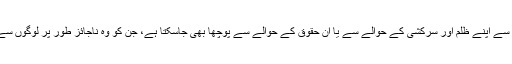
پھر حکمران سے اپنے ظلم اور سرکشی کے حوالے سے یا ان حقوق کے حوالے سے پوچھا بھی جاسکتا ہے، جن کو وہ ناجائز طور پر لوگوں سے چھینتا ہے۔